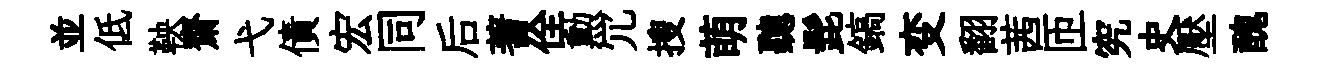
並低鞅齋弋債宏同后蓍佺勲冗搜萌聽髭鎬变翻茜匝究史壓醜